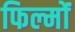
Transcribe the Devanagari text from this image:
फिल्मोंं